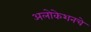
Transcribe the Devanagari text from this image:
अलोकेशनचे